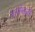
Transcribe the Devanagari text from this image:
जगोबाजी